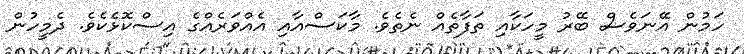
ހަމުން އޭނަވެސް ބޭރު މީހަކާއި ތަފާތެއް ނެތެވެ. މާކަސްއާއި އެއްވަރެއްގެ އިސްކޮޅެކެވެ. ދެމީހުން